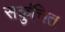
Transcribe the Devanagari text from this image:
सकुंचित